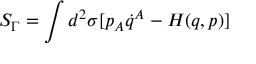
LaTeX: S _ { \Gamma } = \int d ^ { 2 } \sigma [ p _ { A } \dot { q } ^ { A } - H ( q , p ) ]